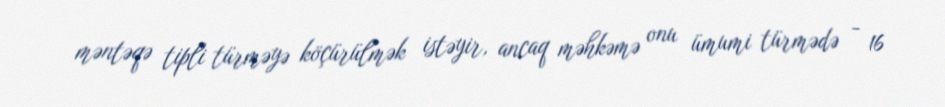
məntəqə tipli türməyə köçürülmək istəyir, ancaq məhkəmə onu ümumi türmədə - 16